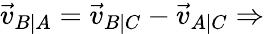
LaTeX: {\vec{v}}_{B\mid A}={\vec{v}}_{B\mid C}-{\vec{v}}_{A\mid C}\Rightarrow